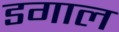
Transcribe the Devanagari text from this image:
डगाल